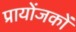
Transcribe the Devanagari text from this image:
प्रायोंजकों